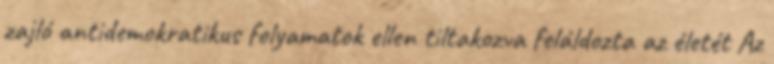
zajló antidemokratikus folyamatok ellen tiltakozva feláldozta az életét Az